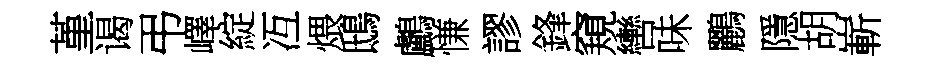
堇谒弔嶧綻冱煨鴟鸕慊謬鋒窺轡味鸝隱胡嶄